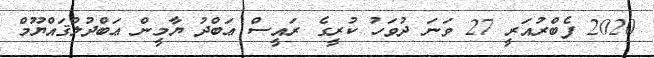
2020 ފެބްރުއަރީ 27 ވަނަ ދުވަހު ކުރީގެ ރައީސް ޢަބްދު ޔާމީން ޢަބްދުލްޤައްޔޫމް